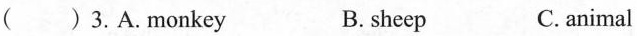
( ) 3.A.monkey B. sheep C. animal